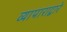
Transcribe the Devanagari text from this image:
व्यापाराद्वारे